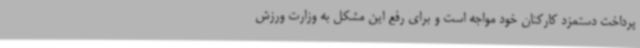
پرداخت دستمزد کارکنان خود مواجه است و برای رفع این مشکل به وزارت ورزش